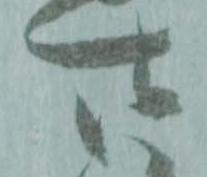
廿